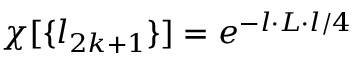
\chi [ \{ l _ { 2 k + 1 } \} ] = e ^ { - l \cdot L \cdot l / 4 }